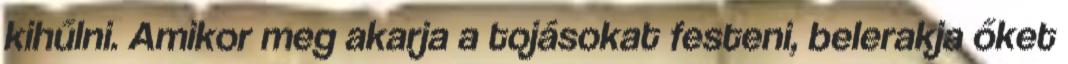
kihűlni. Amikor meg akarja a tojásokat festeni, belerakja őket